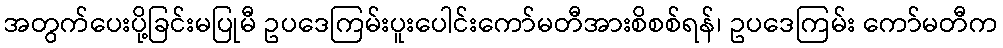
အတွက်ပေးပို့ခြင်းမပြုမီ ဥပဒေကြမ်းပူးပေါင်းကော်မတီအားစိစစ်ရန်၊ ဥပဒေကြမ်း ကော်မတီက